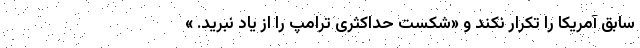
سابق آمریکا را تکرار نکند و «شکست حداکثری ترامپ را از یاد نبرید. »